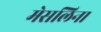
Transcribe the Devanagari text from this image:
मेसलिना